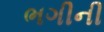
ભગીની